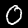
Label: 0